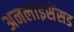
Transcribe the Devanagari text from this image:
अनलाइसेंसड